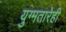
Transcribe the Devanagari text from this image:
युग्मतारेही